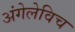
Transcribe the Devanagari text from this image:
अंगेलेविच